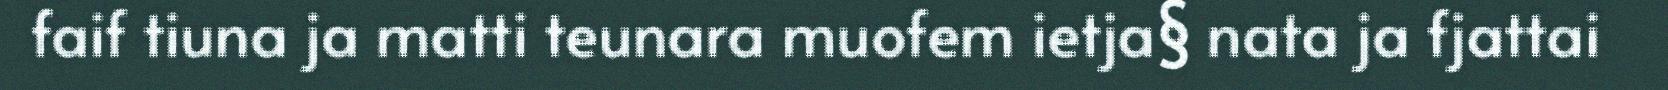
faif tiuna ja matti teunara muofem ietja§ nata ja fjattai